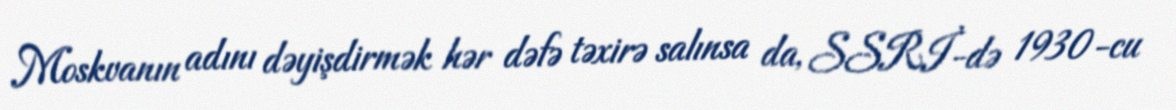
Moskvanın adını dəyişdirmək hər dəfə təxirə salınsa da, SSRİ-də 1930-cu